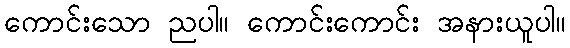
ကောင်းသော ညပါ။ ကောင်းကောင်း အနားယူပါ။